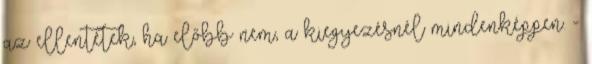
az ellentétek, ha előbb nem, a kiegyezésnél mindenképpen. -